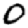
Digit: 0